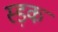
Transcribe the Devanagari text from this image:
स्ड़क